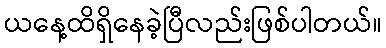
ယနေ့ထိရှိနေခဲ့ပြီလည်းဖြစ်ပါတယ်။